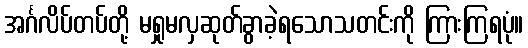
အင်္ဂလိပ်တပ်တို့ မရှုမလှဆုတ်ခွာခဲ့ရသောသတင်းကို ကြားကြရပုံ။